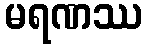
မရဏဿ